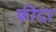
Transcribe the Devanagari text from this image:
फीदर